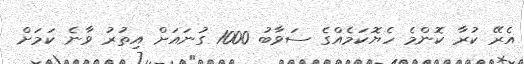
އެރޭ ކުރާ ކޮންމެ ހެޔޮކަމެއްގެ ސަވާބު 1000 ގުނައަށް އިތުރު ވާނެ ކަމަށް